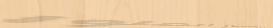
للتواصل والاستفسار اتصلوا